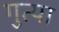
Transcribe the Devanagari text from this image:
गुत्या